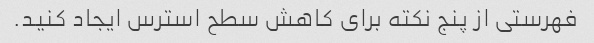
فهرستی از پنج نکته برای کاهش سطح استرس ایجاد کنید.